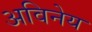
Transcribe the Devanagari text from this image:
अविनेय